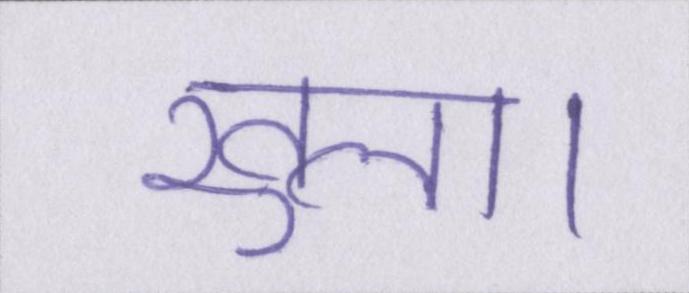
खुला।